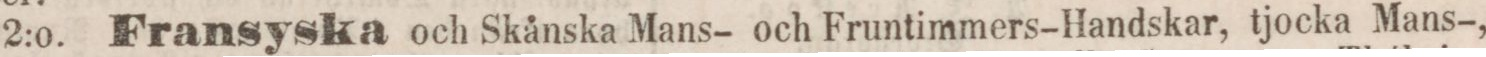
2:o. Fransyska och Skånska Mans- och Fruntimmers-Handskar, tjocka Mans-,